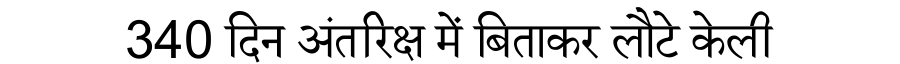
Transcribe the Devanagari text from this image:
340 दिन अंतरिक्ष में बिताकर लौटे केली